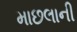
માછલાની